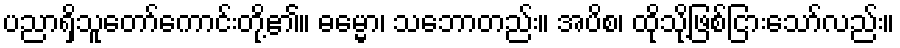
ပညာရှိသူတော်ကောင်းတို့၏။ ဓမ္မော၊ သဘောတည်း။ အပိစ၊ ထိုသို့ဖြစ်ငြားသော်လည်း။